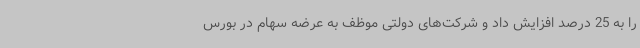
را به 25 درصد افزایش داد و شرکت‌های دولتی موظف به عرضه سهام در بورس